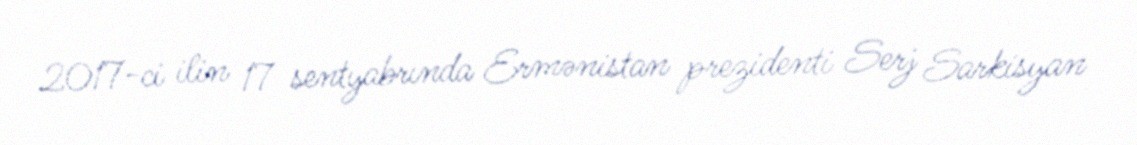
2017-ci ilin 17 sentyabrında Ermənistan prezidenti Serj Sarkisyan